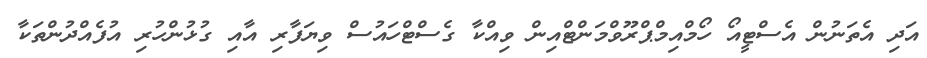
އަދި އެތަނުން އެސްޓީއޯ ހޯމްއިމްޕްރޫވްމަންޓްއިން ވިއްކާ ގެސްޓްހައުސް ވިޔަފާރި އާއި ގުޅުންހުރި އުފެއްދުންތަކާ